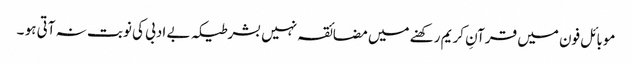
موبائل فون میں قرآنِ کریم رکھنے میں مضائقہ نہیں بشرطیکہ بے ادبی کی نوبت نہ آتی ہو ۔